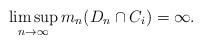
LaTeX: \begin{align*}\limsup_{n \to \infty} m_n(D_n \cap C_i) = \infty.\end{align*}